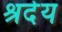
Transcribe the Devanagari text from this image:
श्रदेय